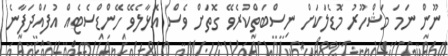
ނޫން ނަމަ މަޝްހޫރު މޮޑެލަކަށް ނިސްބަތްކުރެވޭ ގޮތަށް ވެސް އޮޅާލެވޭ ހޭންޑްސެޓެއް އުފައްދަފާނެ